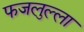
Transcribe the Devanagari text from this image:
फजलुल्ला